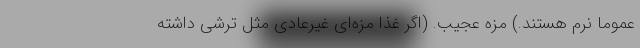
عموما نرم هستند.) مزه عجیب. (اگر غذا مزه‌ای غیرعادی مثل ترشی داشته